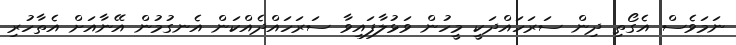
ނަމަވެސް އެގޯތި ދިން ސަރަހައްދަކީ މީހުން ވަޅުލާފައިވާ ސަރަހައްދެއްކަން އެނގުމުން އޭނާއަށް އެތާހުރި